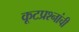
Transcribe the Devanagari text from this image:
कूटप्रश्नांची